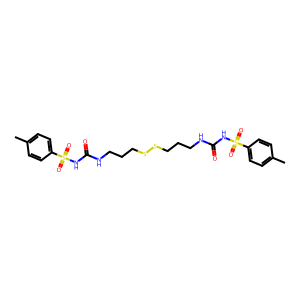
SMILES: Cc1ccc(S(=O)(=O)NC(=O)NCCCSSCCCNC(=O)NS(=O)(=O)c2ccc(C)cc2)cc1
Inhibits HIV replication: No